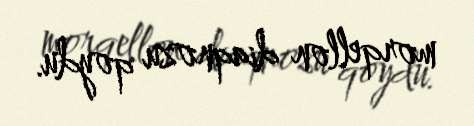
morqellon diaqnozu qoydu.